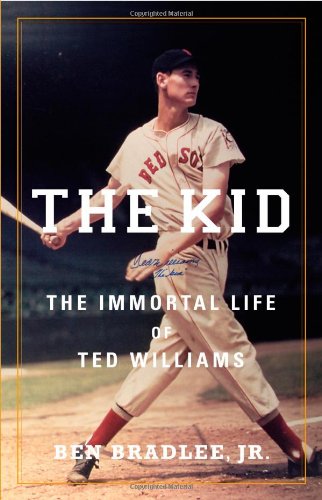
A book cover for The Kid: The Immortal Life of Ted Williams; Ben Bradlee Jr.; Biographies & Memoirs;